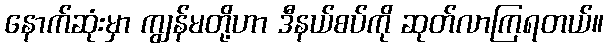
နောက်ဆုံးမှာ ကျွန်မတို့ဟာ ဒီနယ်စပ်ကို ဆုတ်လာကြရတယ်။